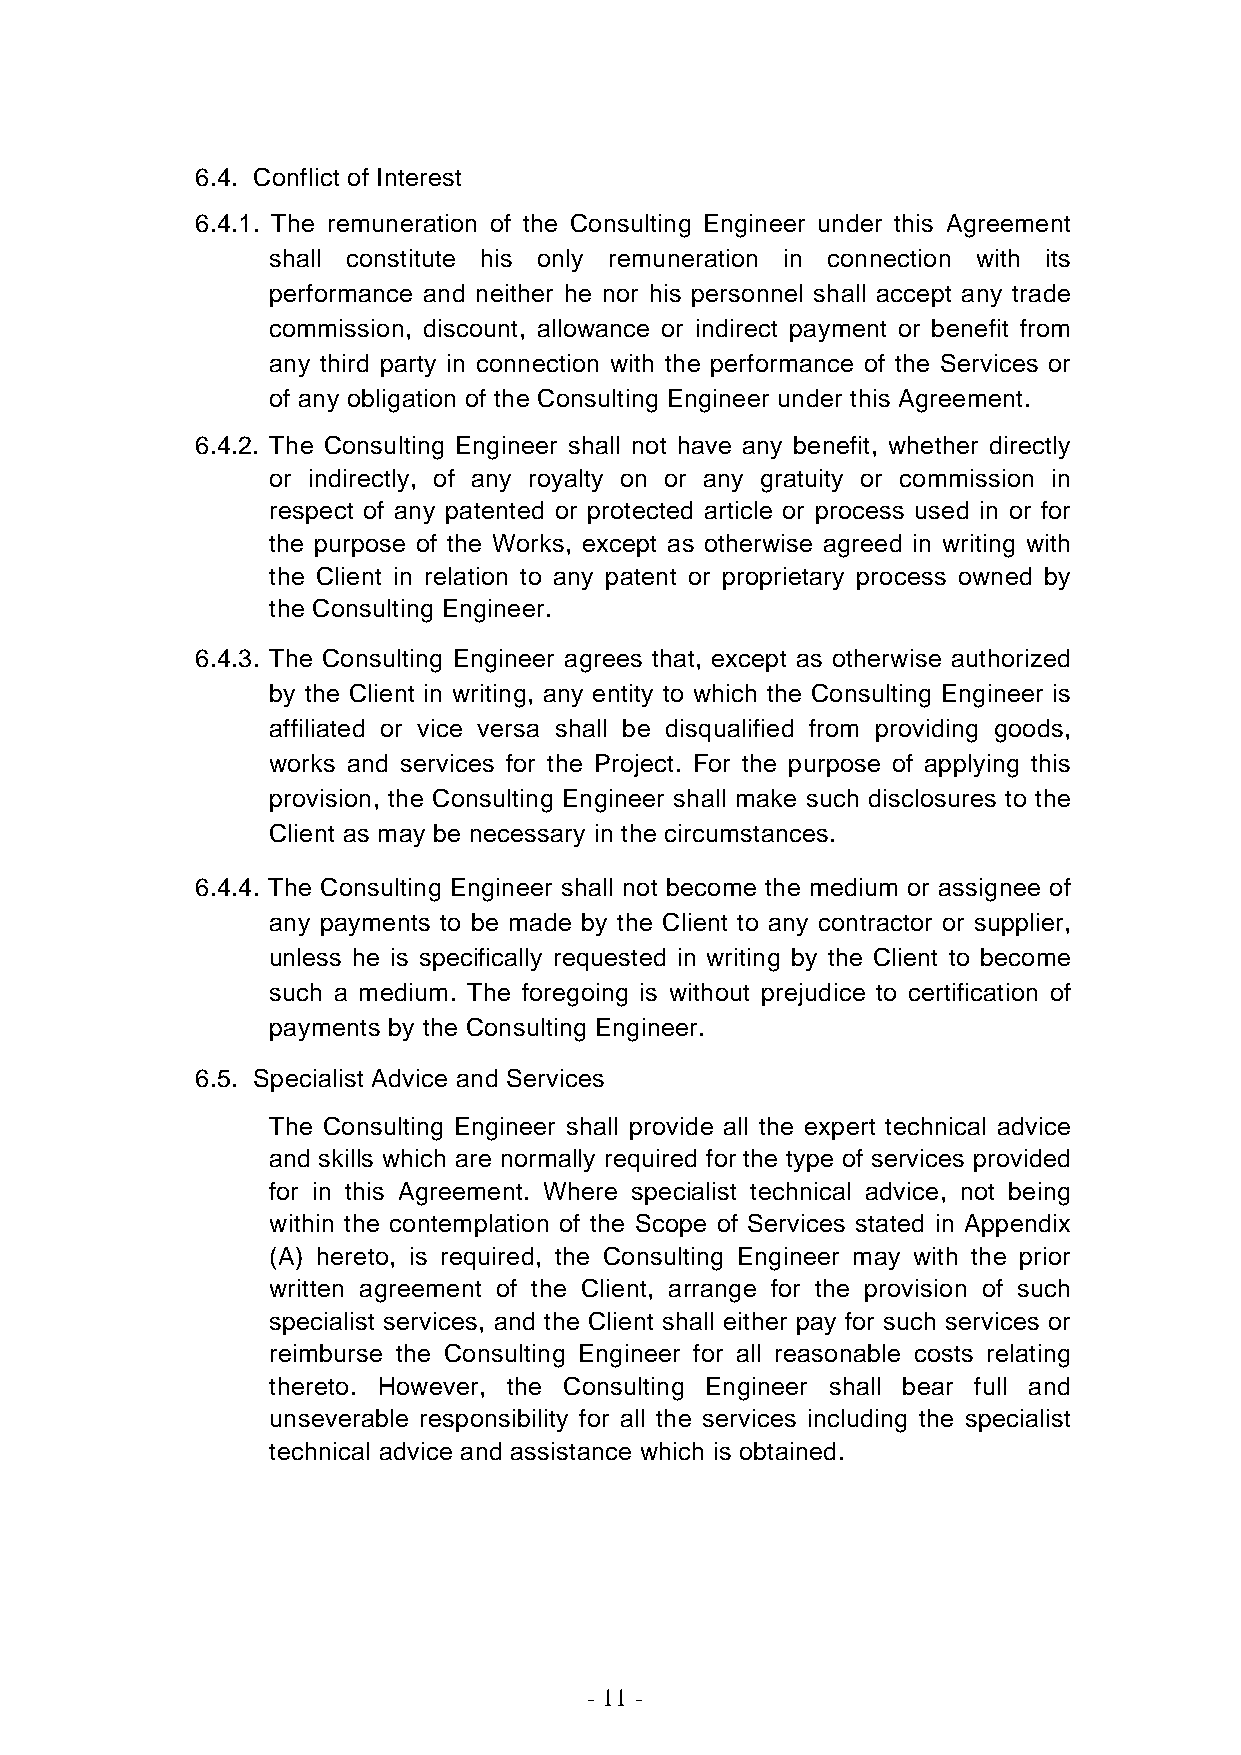
6.4. Conflict of Interest
 6.4.1. The remuneration of the Consulting Engineer under this Agreement
 shall constitute his only remuneration in connection with its
 performance and neither he nor his personnel shall accept any trade
 commission, discount, allowance or indirect payment or benefit from
 any third party in connection with the performance of the Services or
 of any obligation of the Consulting Engineer under this Agreement.
 6.4.2. The Consulting Engineer shall not have any benefit, whether directly
 or indirectly, of any royalty on or any gratuity or commission in
 respect of any patented or protected article or process used in or for
 the purpose of the Works, except as otherwise agreed in writing with
 the Client in relation to any patent or proprietary process owned by
 the Consulting Engineer.
 6.4.3. The Consulting Engineer agrees that, except as otherwise authorized
 by the Client in writing, any entity to which the Consulting Engineer is
 affiliated or vice versa shall be disqualified from providing goods,
 works and services for the Project. For the purpose of applying this
 provision, the Consulting Engineer shall make such disclosures to the
 Client as may be necessary in the circumstances.
 6.4.4. The Consulting Engineer shall not become the medium or assignee of
 any payments to be made by the Client to any contractor or supplier,
 unless he is specifically requested in writing by the Client to become
 such a medium. The foregoing is without prejudice to certification of
 payments by the Consulting Engineer.
 6.5. Specialist Advice and Services
 The Consulting Engineer shall provide all the expert technical advice
 and skills which are normally required for the type of services provided
 for in this Agreement. Where specialist technical advice, not being
 within the contemplation of the Scope of Services stated in Appendix
 (A) hereto, is required, the Consulting Engineer may with the prior
 written agreement of the Client, arrange for the provision of such
 specialist services, and the Client shall either pay for such services or
 reimburse the Consulting Engineer for all reasonable costs relating
 thereto. However, the Consulting Engineer shall bear full and
 unseverable responsibility for all the services including the specialist
 technical advice and assistance which is obtained.
 - 11 -